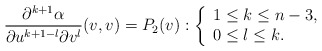
\begin{align*} \frac{\partial^{k+1}\alpha}{\partial u^{k+1-l}\partial v^l}(v,v)=P_2(v):\left\{ \begin{array}{l} 1\leq k\leq n-3,\\ 0\leq l\leq k. \end{array}\right.\end{align*}